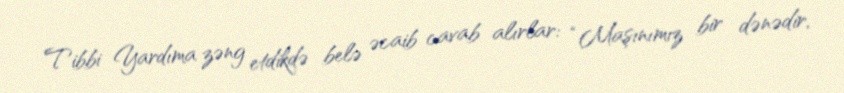
Tibbi Yardıma zəng etdikdə belə əcaib cavab alırlar: “Maşınımız bir dənədir,